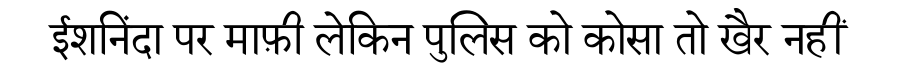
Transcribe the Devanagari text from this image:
ईशनिंदा पर माफ़ी लेकिन पुलिस को कोसा तो खैर नहीं